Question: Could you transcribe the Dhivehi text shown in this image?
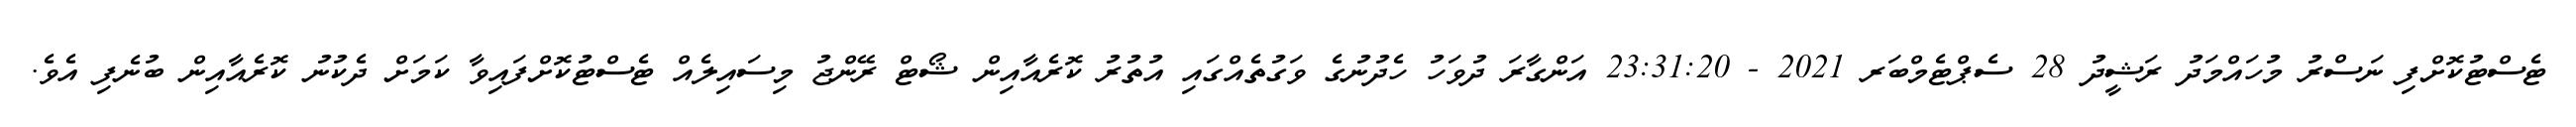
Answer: ޓެސްޓުކޮށްފި ނަސްރު މުހައްމަދު ރަޝީދު 28 ސެޕްޓެމްބަރ 2021 - 23:31:20 އަންގާރަ ދުވަހު ހެދުނުގެ ވަގުތެއްގައި އުތުރު ކޮރެއާއިން ޝޯޓް ރޭންޖު މިސައިލެއް ޓެސްޓުކޮށްފައިވާ ކަމަށް ދެކުނު ކޮރެއާއިން ބުނެފި އެވެ.